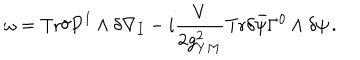
LaTeX: \omega = \mathrm { T r } \delta P ^ { I } \wedge \delta \nabla _ { I } - i \frac { V } { 2 g _ { Y M } ^ { 2 } } \mathrm { T r } \delta \bar { \psi } \Gamma ^ { 0 } \wedge \delta \psi \, .